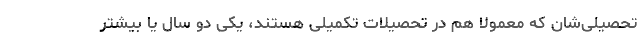
تحصیلی‌شان که معمولا هم در تحصیلات تکمیلی هستند، یکی دو سال یا بیشتر